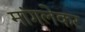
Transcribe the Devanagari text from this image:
मांगलेकर